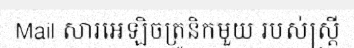
Mail សារអេឡិចត្រូនិកមួយ របស់ស្ត្រី